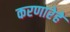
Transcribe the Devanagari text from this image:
करणारेहे